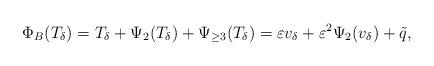
LaTeX: \begin{align*}\Phi_B(T_{\delta})=T_{\delta}+\Psi_2(T_{\delta})+\Psi_{\geq 3}(T_{\delta})=\varepsilon v_{\delta}+\varepsilon^2 \Psi_2(v_{\delta})+\tilde{q},\end{align*}